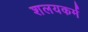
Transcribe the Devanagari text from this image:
शलयकर्म